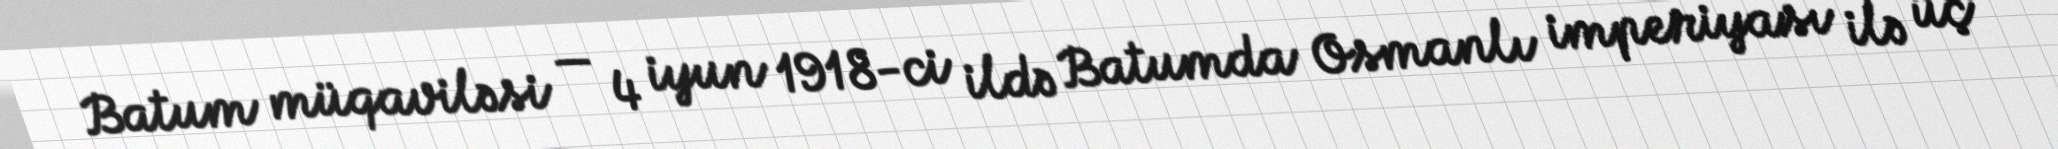
Batum müqaviləsi — 4 iyun 1918-ci ildə Batumda Osmanlı imperiyası ilə üç